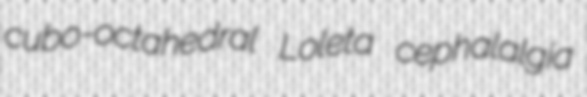
cubo-octahedral Loleta cephalalgia